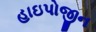
હાઇપોજીન